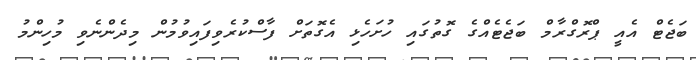
ބަޖެޓް އެއީ ޕްރޮގްރާމް ބަޖެޓެއްގެ ގޮތުގައި ހުށަހެޅި އެގޮތަށް ފާސްކުރެވިފައިވުމުން މިދެންނެވި މުހިންމު